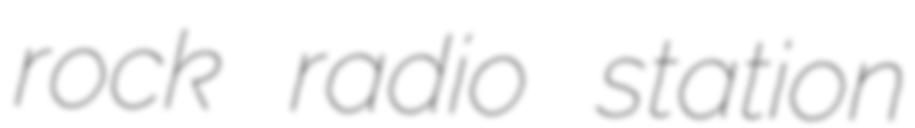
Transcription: rock radio station